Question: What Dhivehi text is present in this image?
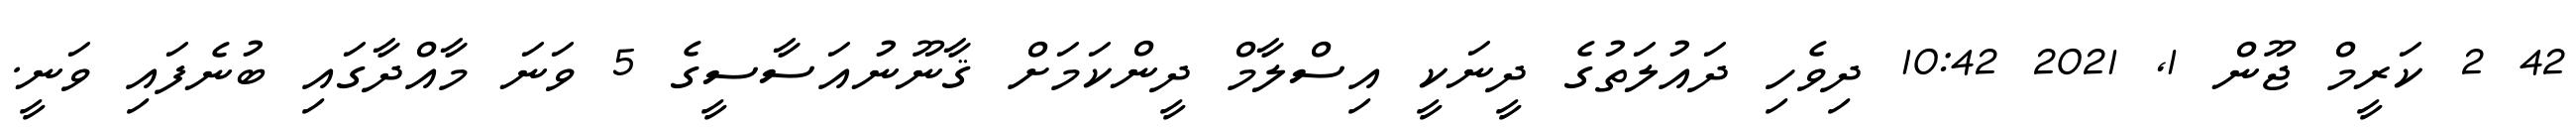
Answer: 42 2 ކަރީމް ޖޫން 1, 2021 10:42 ދިވެހި ދައުލަތުގެ ދީނަކީ އިސްލާމް ދީންކަމަށް ޤާނޫނުއަސާސީގެ 5 ވަނަ މާއްދާގައި ބުނެފައި ވަނީ.